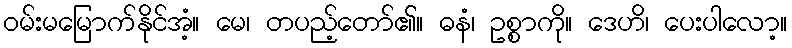
ဝမ်းမမြောက်နိုင်အံ့။ မေ၊ တပည့်တော်၏။ ဓနံ၊ ဥစ္စာကို။ ဒေဟိ၊ ပေးပါလော့။